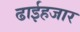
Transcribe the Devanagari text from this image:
ढाईहजार